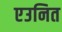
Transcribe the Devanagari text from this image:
एउनित